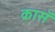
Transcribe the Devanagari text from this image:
क्रासॅ